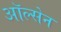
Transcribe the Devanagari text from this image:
ऑल्सेन